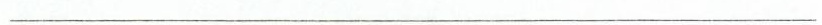
———————————————————